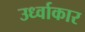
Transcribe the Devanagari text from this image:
उर्ध्वाकार